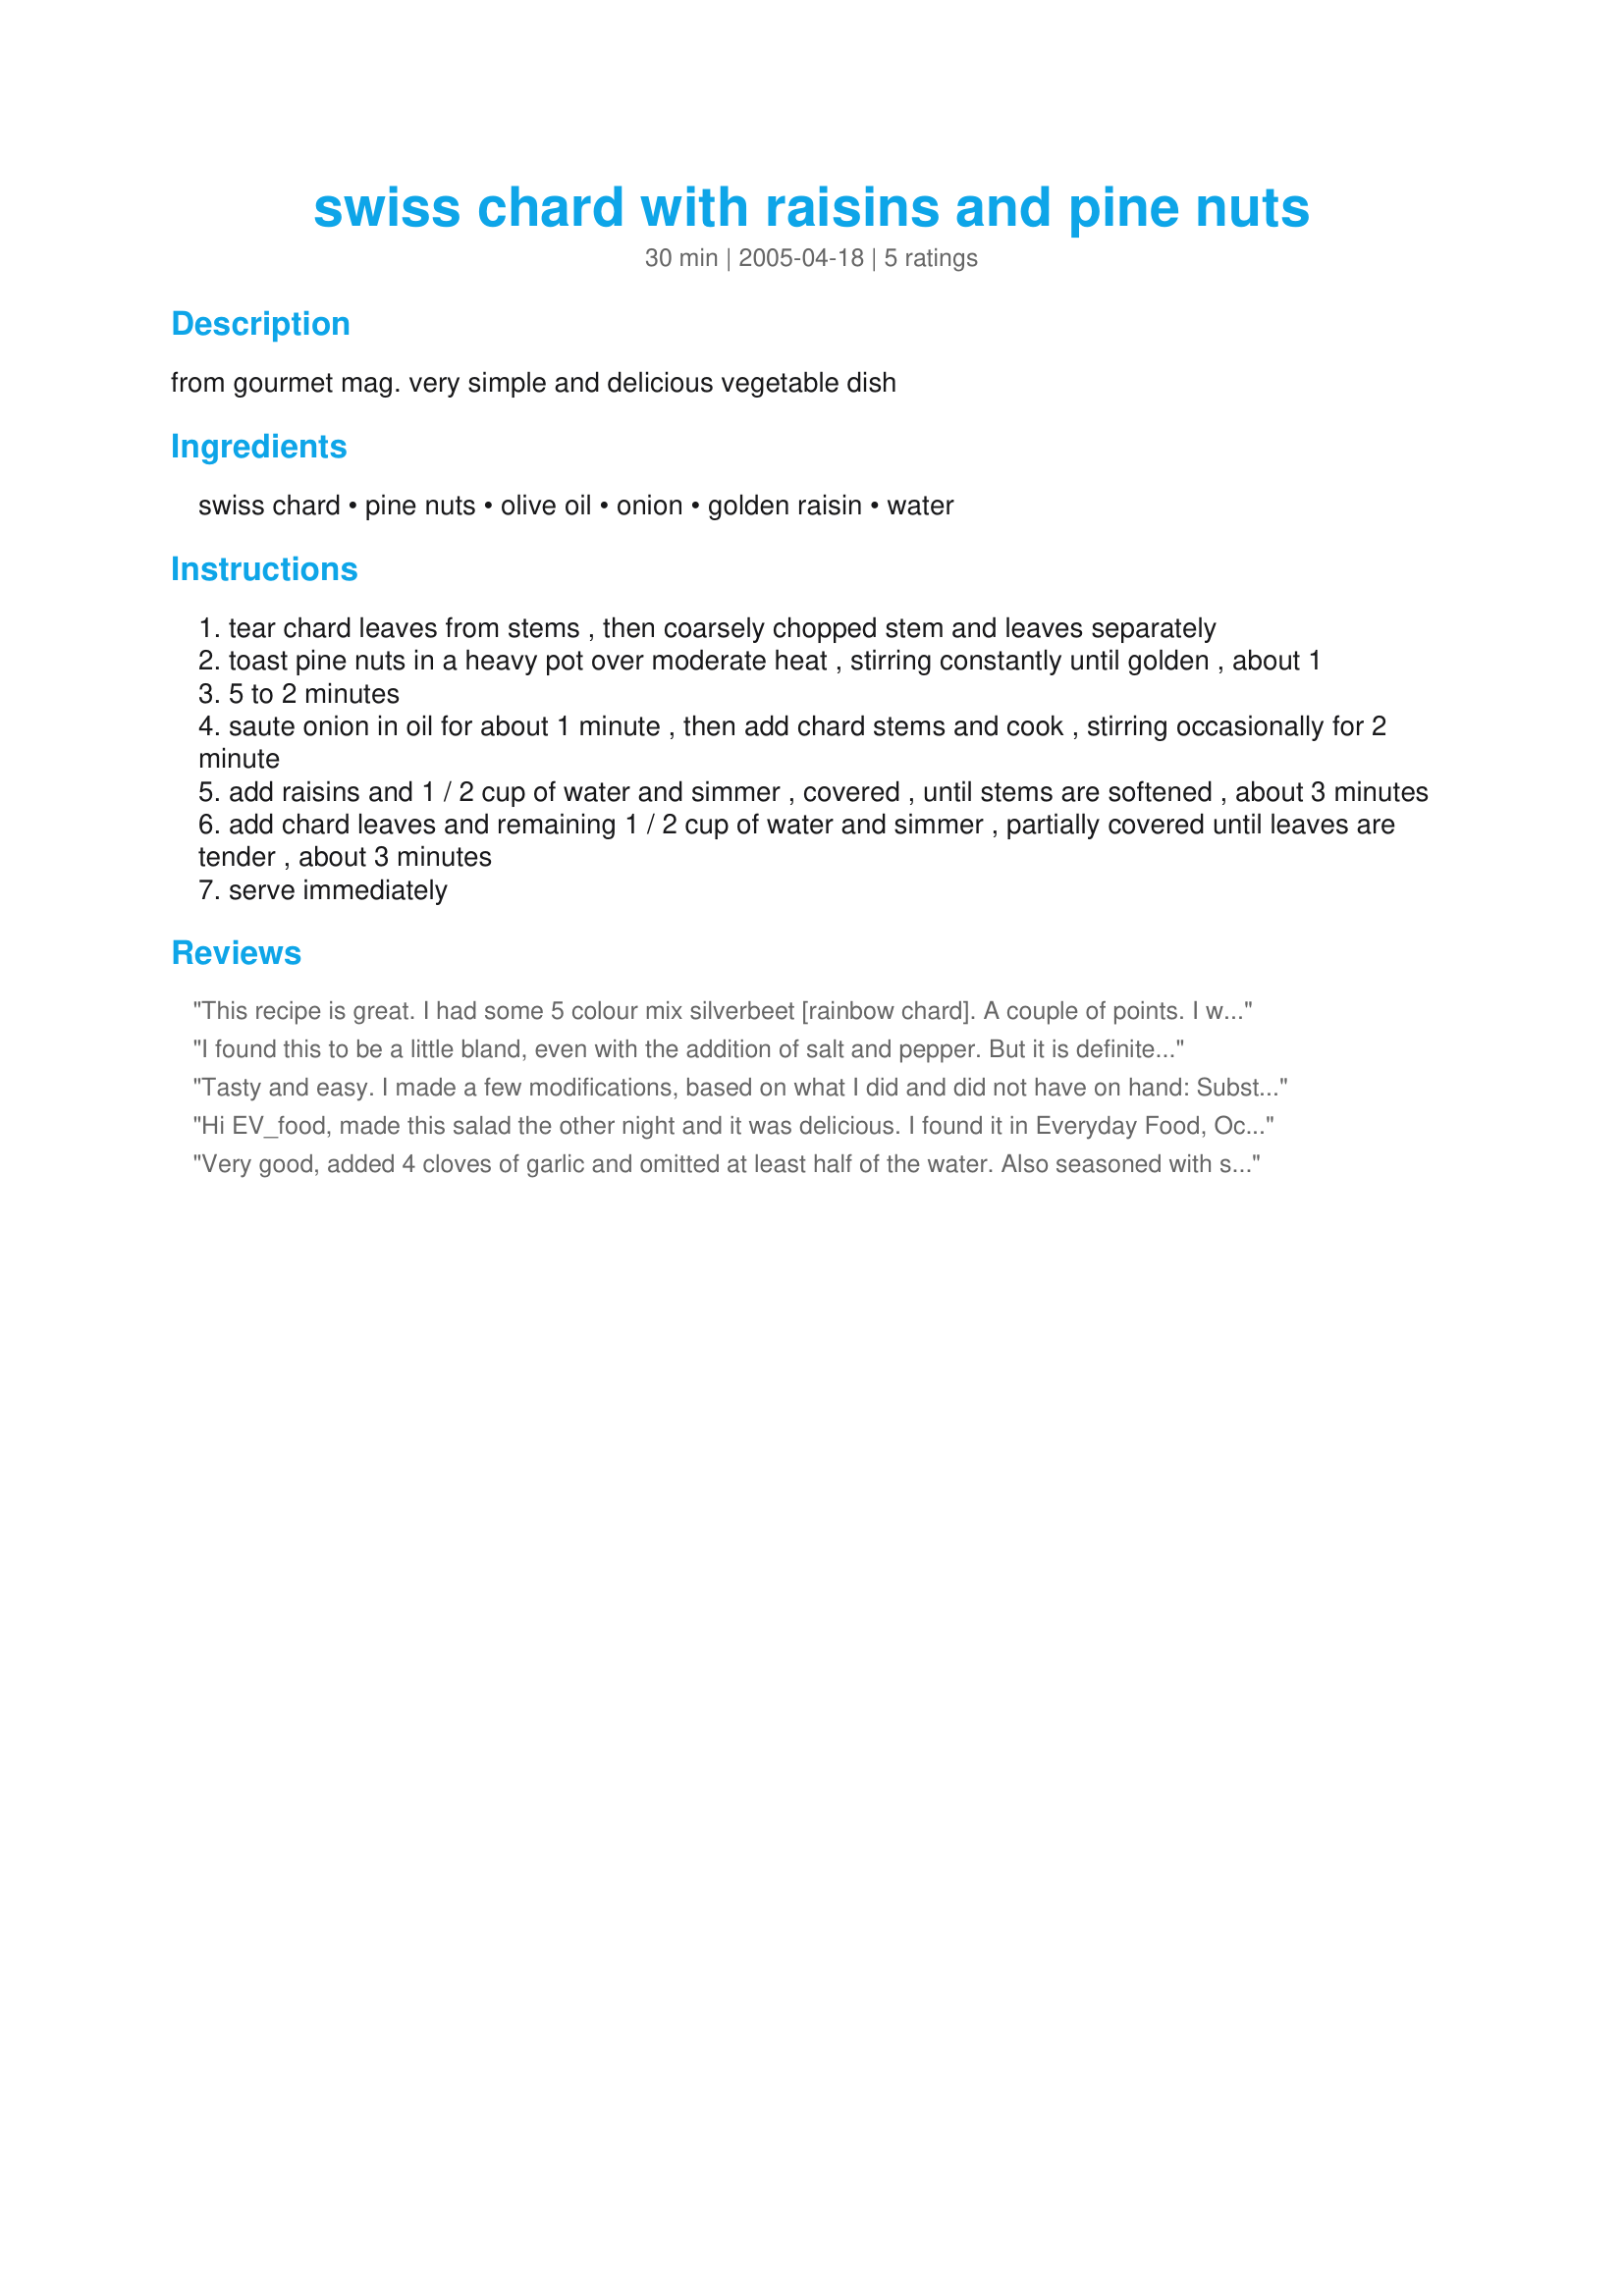
swiss chard with raisins and pine nuts
Preparation time: 30 minutes

from gourmet mag. very simple and delicious vegetable dish

Ingredients:
swiss chard, pine nuts, olive oil, onion, golden raisin, water

Steps:
tear chard leaves from stems , then coarsely chopped stem and leaves separately
toast pine nuts in a heavy pot over moderate heat , stirring constantly until golden , about 1
5 to 2 minutes
saute onion in oil for about 1 minute , then add chard stems and cook , stirring occasionally for 2 minute
add raisins and 1 / 2 cup of water and simmer , covered , until stems are softened , about 3 minutes
add chard leaves and remaining 1 / 2 cup of water and simmer , partially covered until leaves are tender , about 3 minutes
serve immediately

Reviews:
This recipe is great. I had some 5 colour mix silverbeet [rainbow chard].
A couple of points. I would add garlic just to give it a bit more punch.
1 cup of water is not necessary. I think that the water could be halved.
I found this to be a little bland, even with the addition of salt and pepper. But it is definitely an easy, healthy recipe. I would consider making this again.
Tasty and easy. I made a few modifications, based on what I did and did not have on hand: Substituted beet greens for chard, walnuts for pine nuts, garlic for onion, whole jumbo purple raisins for chopped golden, and then added some goat cheese when it was all cooked up. Yum! ...I agree with MIssy Wombat that you can cut back on the water.
Hi EV_food, made this salad the other night and it was delicious. I found it in Everyday Food, Ocotber 2006 edition, the only thing I changed was I added 1 tablespoon of balsamic vinegar and salt, coarse ground black peper, and a sprinkling of crushed red pepper. I am not a lover of pine nuts so I subbed it for toasted, chopped walnuts. Thank you for posting such a wonderful salad and we used it a substitute for spinach salad! Diane
Very good, added 4 cloves of garlic and omitted at least half of the water. Also seasoned with salt and pepper.
